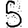
Digit: 5